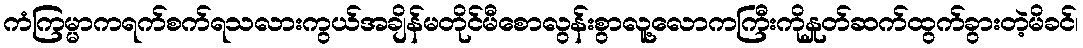
ကံကြမ္မာကရက်စက်ရသလားကွယ်အချိန်မတိုင်မီစောလွန်းစွာလူ့လောကကြီးကိုနှုတ်ဆက်ထွက်ခွားတဲ့မိခင်၊